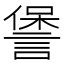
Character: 𮘧